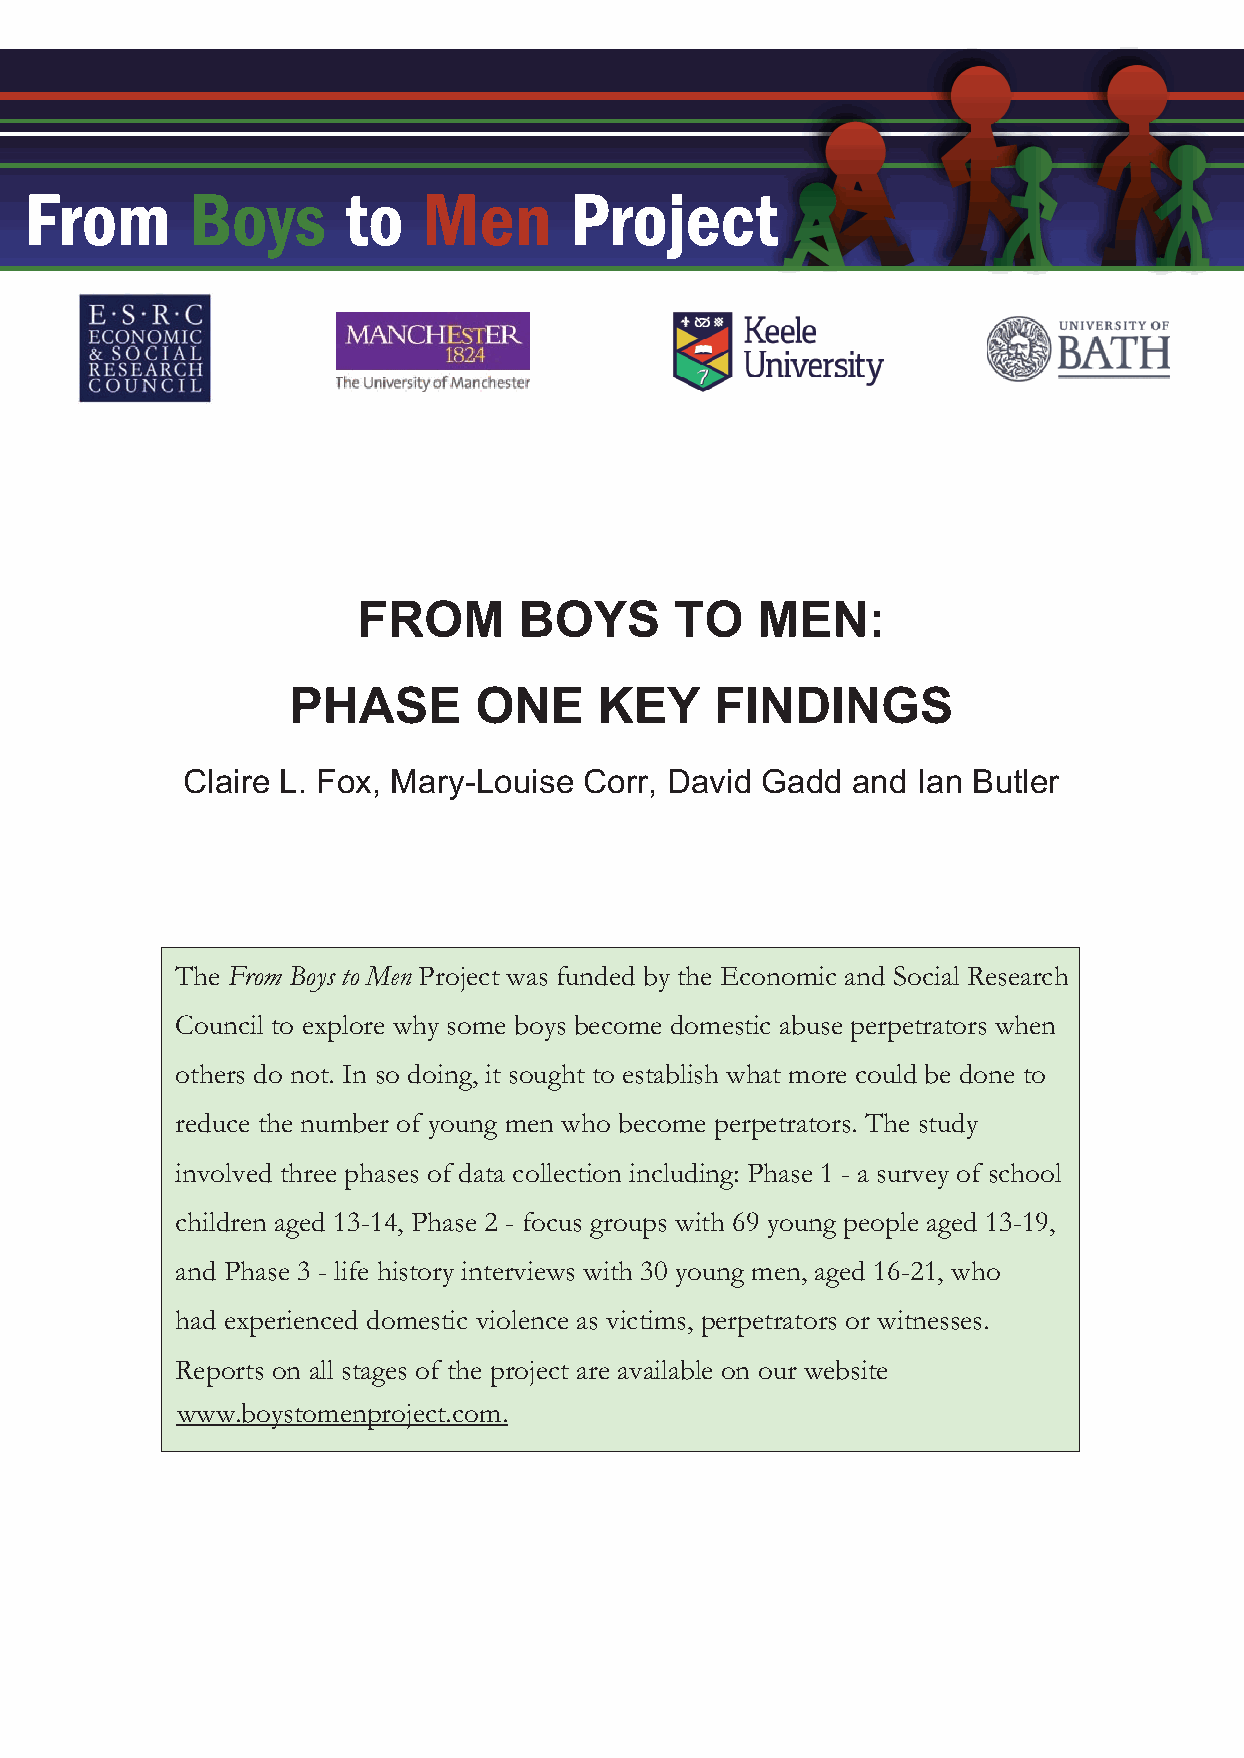
From       Boys      to   Men       Project
 FFFFrrrroooommmm BBBBooooyyyyssss ttttoooo MMMMeeeennnn PPPPrrrroooojjjjeeeecccctttt
 FROM      BOYS       TO   MEN:
 PHASE        ONE     KEY    FINDINGS
 Claire L. Fox, Mary-Louise Corr, David Gadd  and Ian Butler
 The From Boys to Men Project was funded by the Economic and Social Research
 Council to explore why some boys become domestic abuse perpetrators when
 others do not. In so doing, it sought to establish what more could be done to
 reduce the number of young men who become perpetrators. The study
 involved three phases of data collection including: Phase 1 - a survey of school
 children aged 13-14, Phase 2 - focus groups with 69 young people aged 13-19,
 and Phase 3 - life history interviews with 30 young men, aged 16-21, who
 had experienced domestic violence as victims, perpetrators or witnesses.
 Reports on all stages of the project are available on our website
 www.boystomenproject.com.